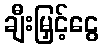
ချီးမြှင့်ငွေ